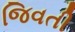
જિવતી